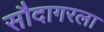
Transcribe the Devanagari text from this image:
सौदागरला